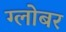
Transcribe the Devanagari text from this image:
ग्लोबर